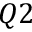
Q 2